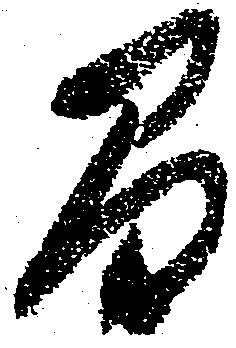
間